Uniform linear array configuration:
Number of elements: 48
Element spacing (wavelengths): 1
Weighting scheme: binomial
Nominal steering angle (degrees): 60
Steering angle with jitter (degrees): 61.238
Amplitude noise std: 0.05
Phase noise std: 0.05

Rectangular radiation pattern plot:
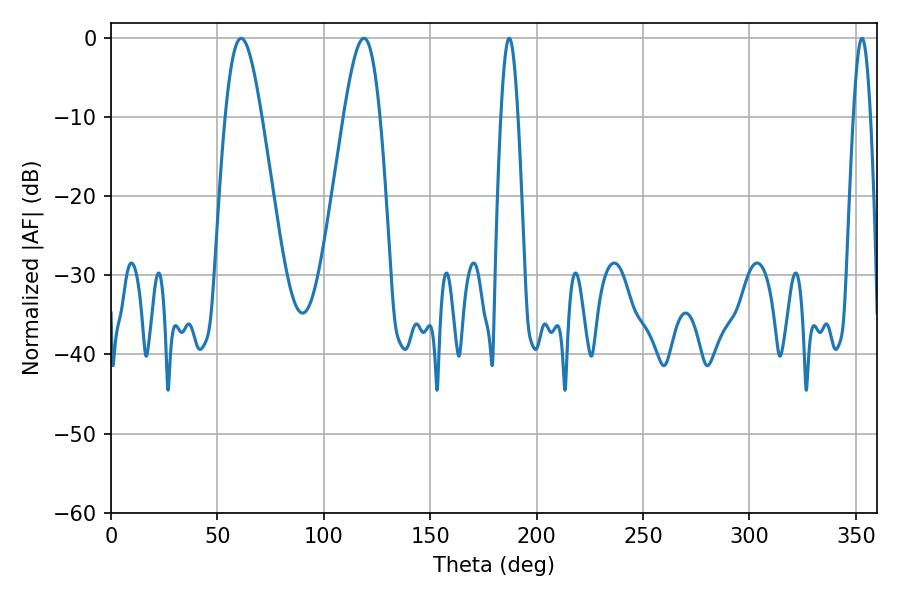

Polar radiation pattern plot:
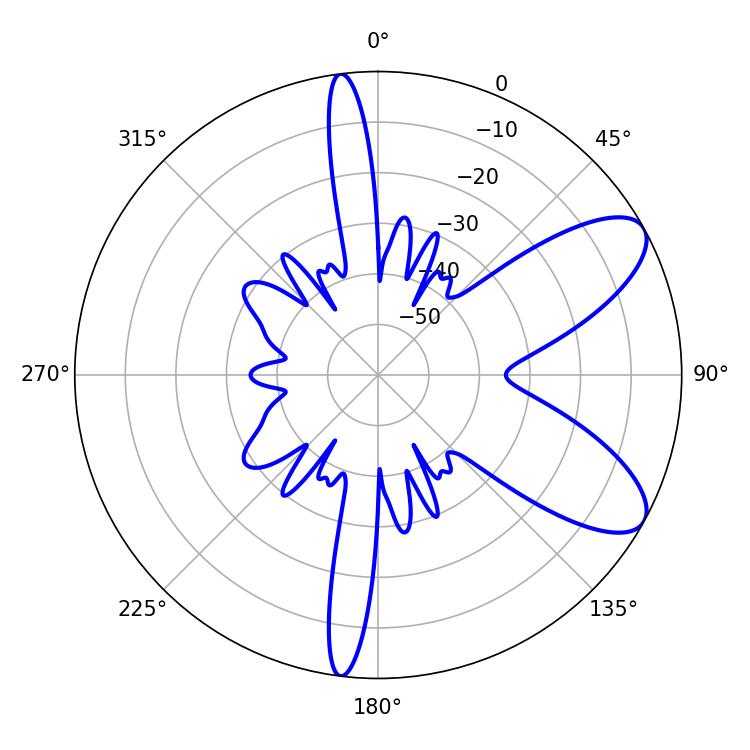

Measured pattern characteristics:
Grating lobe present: TRUE
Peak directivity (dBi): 8.431
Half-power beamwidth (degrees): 9.18
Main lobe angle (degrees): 61.2